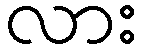
လား